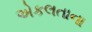
એકલતાના